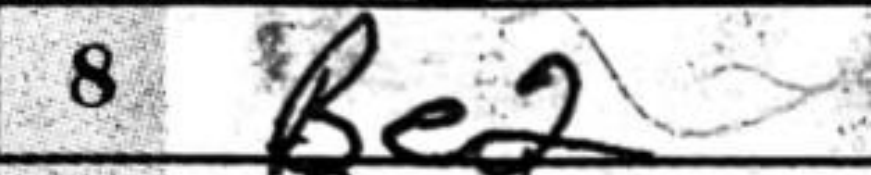
Transcription: Be2